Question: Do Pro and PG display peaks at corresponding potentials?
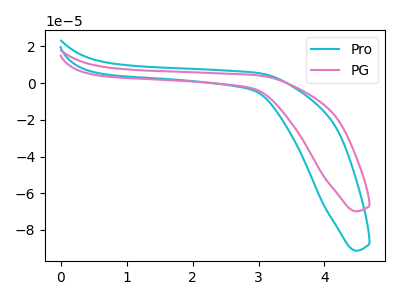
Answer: <think>The cyan curve "Pro" has no peaks. The pink curve "PG" has no peaks.</think>
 <answer>Niether CV has any peaks.</answer>
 <eval>blanks</eval>